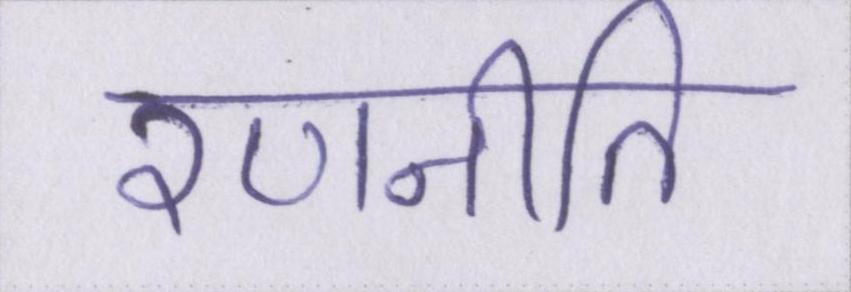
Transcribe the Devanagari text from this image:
रणनीति